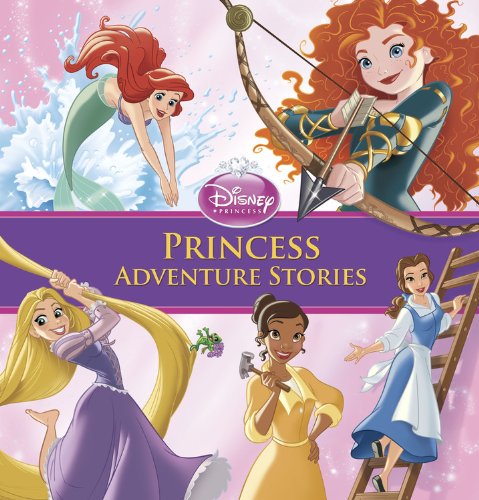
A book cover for Princess Adventure Stories (Storybook Collection); Disney Book Group; Children's Books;